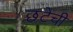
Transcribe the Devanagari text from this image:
छटेची